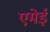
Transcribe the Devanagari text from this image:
एमेई